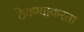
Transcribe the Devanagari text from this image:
ठेवण्याकरता